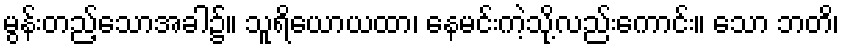
မွန်းတည့်သောအခါ၌။ သူရိယောယထာ၊ နေမင်းကဲ့သို့လည်းကောင်း။ သော ဘတိ၊